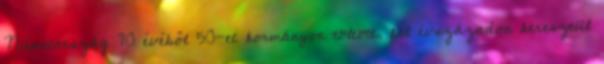
Németország 70 évéből 50-et kormányon töltött, fél évszázadon keresztül